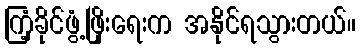
ကြံ့ခိုင်ဖွံ့ဖြိုးရေးက အနိုင်ရသွားတယ်။